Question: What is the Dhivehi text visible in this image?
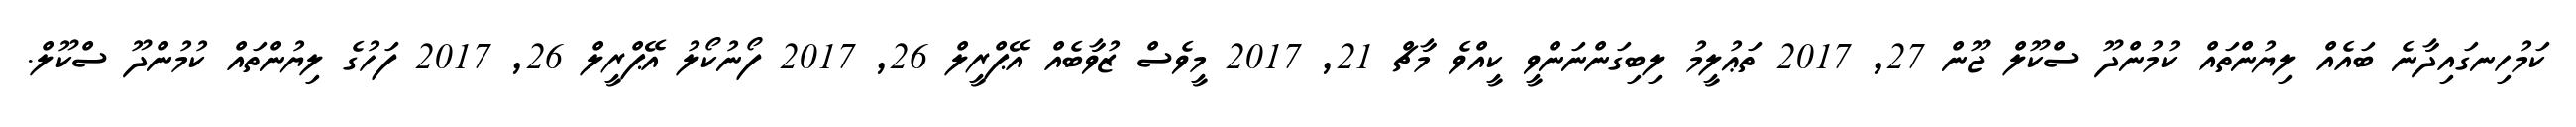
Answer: ކަމުހިނގައިދާނެ ބައެއް ލިޔުންތައް ކުމުންދޫ ސްކޫލް ޖޫން 27, 2017 ތަޢުލީމު ލިބިގަންނަންވީ ކީއްވެ މާޗް 21, 2017 މީވެސް ޒުވާބެއް އޭޕްރީލް 26, 2017 ފޯނުކޯލު އޭޕްރީލް 26, 2017 ފަހުގެ ލިޔުންތައް ކުމުންދޫ ސްކޫލް.